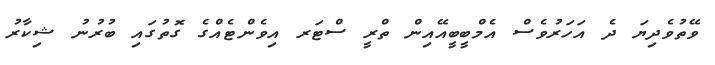
ވޭތުވެދިޔަ ދެ އަހަރުވެސް އެމްބީބީއޭއިން ތްރީ ސްޓަރ އިވެންޓެއްގެ ގޮތުގައި ބުރުނު ޝިކާރު